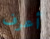
أعرف